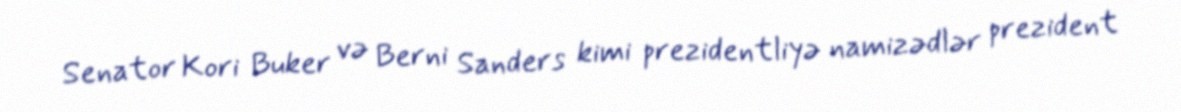
Senator Kori Buker və Berni Sanders kimi prezidentliyə namizədlər prezident